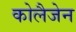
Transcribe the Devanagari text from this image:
कोलैजेन